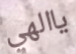
ياالهي